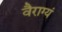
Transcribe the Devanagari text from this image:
वैराग्यं